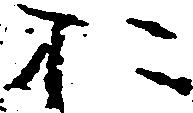
お